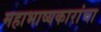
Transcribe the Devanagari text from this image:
महाभाष्यकारांचा